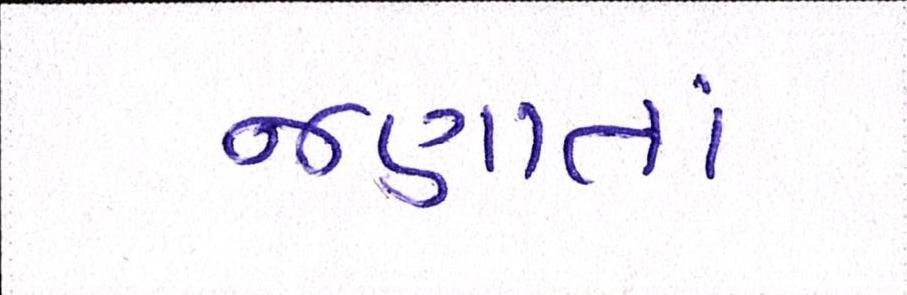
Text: જણાતાં